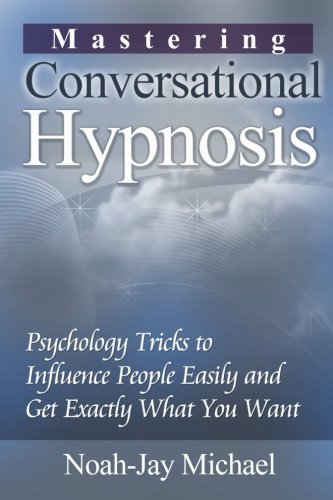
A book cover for Mastering Conversational Hypnosis: Psychology Tricks to Influence People Easily and Get Exactly What You Want; Noah-Jay Michael; Self-Help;